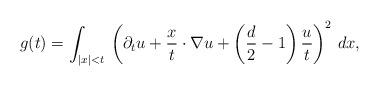
LaTeX: \begin{align*}g(t)=\int_{|x|<t}\,\left(\partial_tu+\frac{x}{t}\cdot\nabla u+\left(\frac{d}{2}-1\right)\frac{u}{t}\right)^2\,dx,\end{align*}